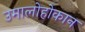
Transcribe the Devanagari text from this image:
उमालोहोकान